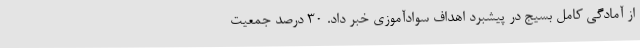
از آمادگی کامل بسیج در پیشبرد اهداف سوادآموزی خبر داد. 30 درصد جمعیت